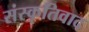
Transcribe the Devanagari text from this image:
संस्कृतिवाद